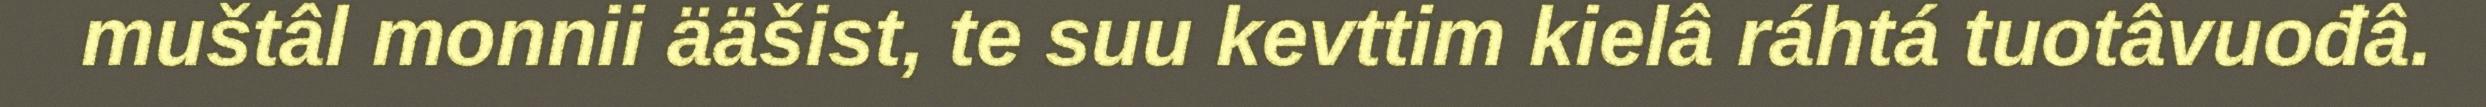
muštâl monnii ääšist, te suu kevttim kielâ ráhtá tuotâvuođâ.